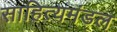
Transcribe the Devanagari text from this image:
साहित्यमंडल